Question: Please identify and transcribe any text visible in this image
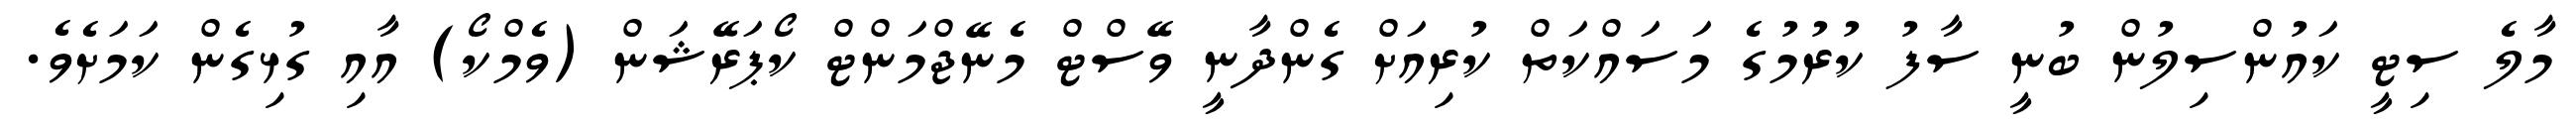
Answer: މާލެ ސިޓީ ކައުންސިލުން ބުނީ ސާފު ކުރުމުގެ މަސައްކަތް ކުރިއަށް ގެންދާނީ ވޭސްޓް މެނޭޖްމަންޓް ކޯޕަރޭޝަން (ވެމްކޯ) އާއި ގުޅިގެން ކަމަށެވެ.